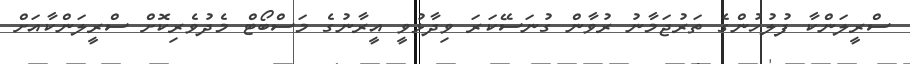
ސްރީލަންކާ ފުލުހުންގެ ތަރުޖަމާނު ރުވާން ގުނަސޭކަރަ ވިދާޅުވީ އީރާނުގެ މަސްބޯޓް މެދުވެރިކޮށް ސްރީލަންކާއަށް